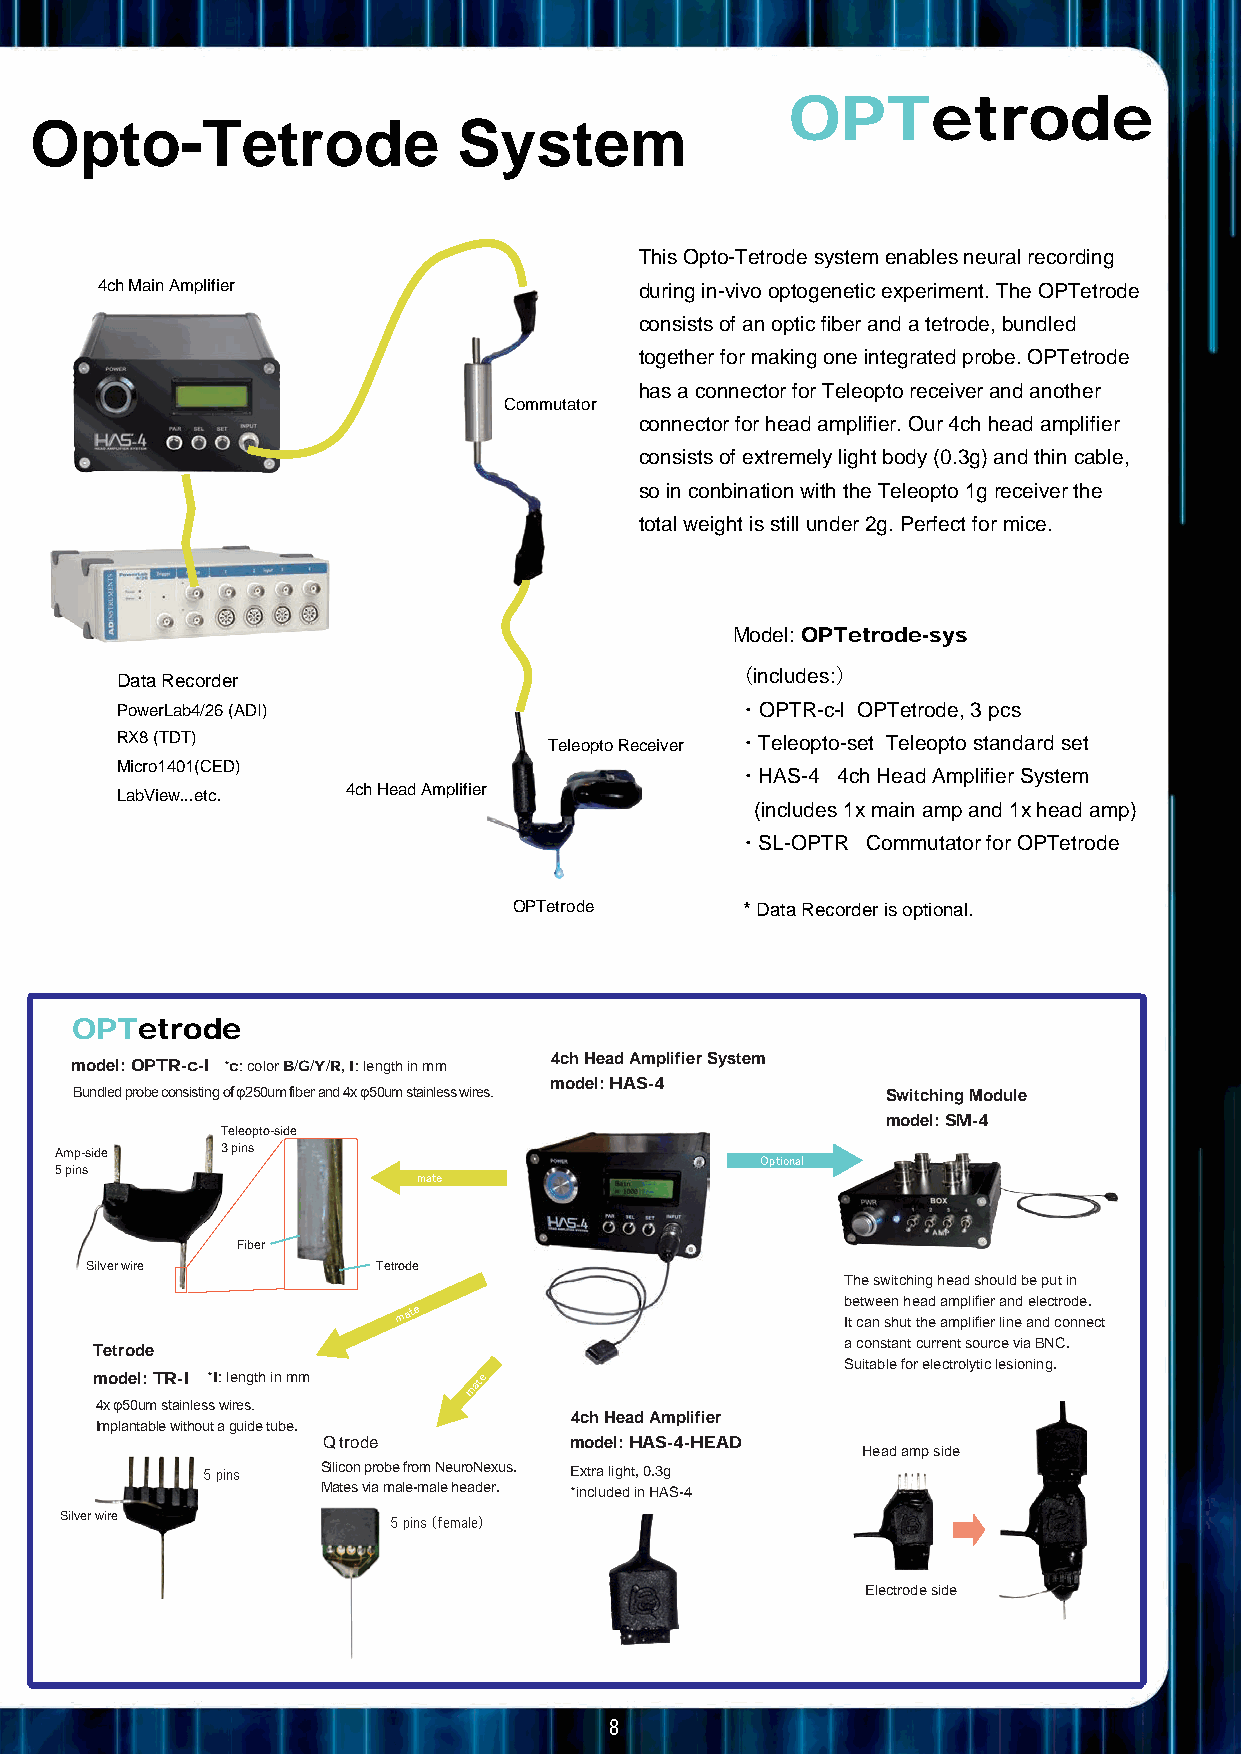
OPTetrode
 Opto-Tetrode                System
 This Opto-Tetrode system enables neural recording
 4ch Main Amplifier                  during in-vivo optogenetic experiment. The OPTetrode
 consists of an optic fiber and a tetrode, bundled
 together for making one integrated probe. OPTetrode
 has a connector for Teleopto receiver and another
 Commutator
 connector for head amplifier. Our 4ch head amplifier
 consists of extremely light body (0.3g) and thin cable,
 so in conbination with the Teleopto 1g receiver the
 total weight is still under 2g. Perfect for mice.
 Model: OPTetrode-sys
 Data Recorder
 （includes:）
 PowerLab4/26 (ADI)                       ・ OPTR-c-l OPTetrode, 3 pcs
 RX8 (TDT)                   Teleopto Receiver ・ Teleopto-set Teleopto standard set
 Micro1401(CED)                           ・ HAS-4 4ch Head Amplifier System
 LabView...etc. 4ch Head Amplifier
 (includes 1x main amp and 1x head amp)
 ・ SL-OPTR Commutator for OPTetrode
 OPTetrode      * Data Recorder is optional.
 OPTetrode
 4ch Head Amplifier System
 model: OPTR-c-l *c: color B/G/Y/R, I: length in mm
 model: HAS-4
 Bundled probe consisting of φ250um fiber and 4x φ50um stainless wires. Switching Module
 model: SM-4
 Teleopto-side
 Amp-side   3 pins                             Optional
 5 pins
 mate
 Fiber
 Silver wire        Tetrode
 The switching head should be put in
 mate                          between head amplifier and electrode.
 It can shut the amplifier line and connect
 a constant current source via BNC.
 Tetrode
 Suitable for electrolytic lesioning.
 model: TR-I *I: length in mm mate
 4x φ50um stainless wires.
 4ch Head Amplifier
 Implantable without a guide tube.
 Q trode          model: HAS-4-HEAD
 Head amp side
 5 pins  Silicon probe from NeuroNexus. Extra light, 0.3g
 Mates via male-male header. *included in HAS-4
 Silver wire           5 pins (female)
 Electrode side
 8